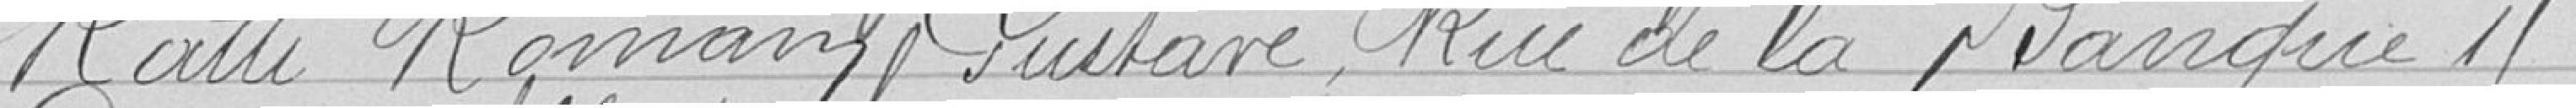
Ratti Romain Gustave, Rue de la Banque 1